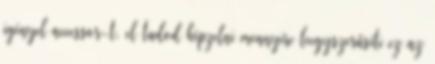
igényel accessor-t, el tudod képzelni mennyire leegyszerűsíti ez az